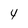
Character: 4